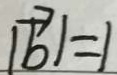
\vert \overrightarrow { b } \vert = 1